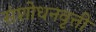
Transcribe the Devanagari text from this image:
संशोधनवृत्ती